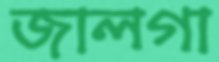
জালগা